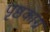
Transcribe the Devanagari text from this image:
पृष्ठकाग्र